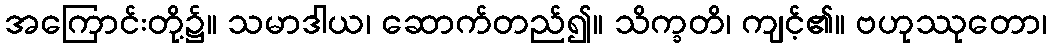
အကြောင်းတို့၌။ သမာဒါယ၊ ဆောက်တည်၍။ သိက္ခတိ၊ ကျင့်၏။ ဗဟုဿုတော၊